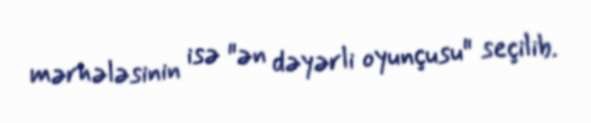
mərhələsinin isə "ən dəyərli oyunçusu" seçilib.